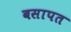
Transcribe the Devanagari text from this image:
बसापत